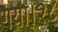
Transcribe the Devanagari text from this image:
गया।२८